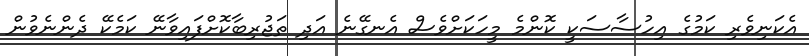
އެކަނިވެރި ކަމުގެ އިހުސާސަކީ ކޮންމެ މީހަކަށްވެސް އެނގޭނެ އަދި ތަޖުރިބާކޮށްފައިވާނޭ ކަމެކޭ ދެންނެވުން